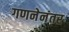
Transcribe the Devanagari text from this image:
गणनेनंतर